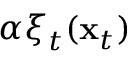
\alpha \boldsymbol { \xi } _ { t } ( { \mathbf { x } } _ { t } )